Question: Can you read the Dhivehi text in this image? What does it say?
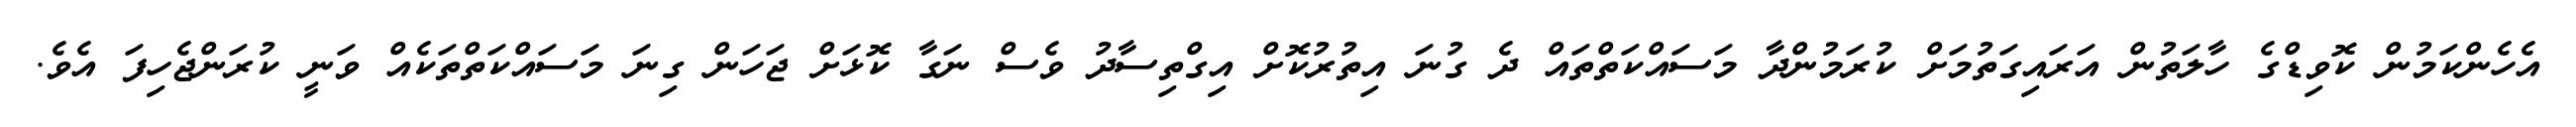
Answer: އެހެންކަމުން ކޮވިޑްގެ ހާލަތުން އަރައިގަތުމަށް ކުރަމުންދާ މަސައްކަތްތައް ދެ ގުނަ އިތުރުކޮށް އިގްތިސާދު ވެސް ނަގާ ކޮޅަށް ޖަހަން ގިނަ މަސައްކަތްތަކެއް ވަނީ ކުރަންޖެހިފަ އެވެ.